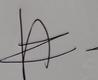
Signature authenticity: genuine